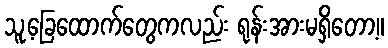
သူ့ခြေထောက်တွေကလည်း ရုန်းအားမရှိတော့။